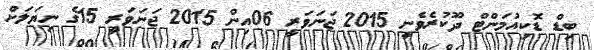
ބިޑް ޑޮކިއުމަންޓް ދޫކުރެވެނީ 2015 ޖަނަވަރީ 06އިން 2015 ޖަނަވަރީ 15ގެ ނިޔަލަށް